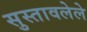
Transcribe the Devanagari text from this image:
सुस्तावलेले